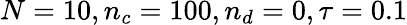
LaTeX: N=10,n_{c}=100,n_{d}=0,\tau=0.1